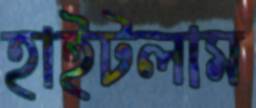
হাইটলাম